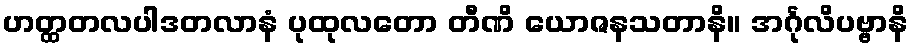
ဟတ္ထတလပါဒတလာနံ ပုထုလတော တီဏိ ယောဇနသတာနိ။ အင်္ဂုလိပဗ္ဗာနိ